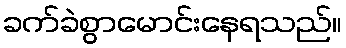
ခက်ခဲစွာမောင်းနေရသည်။